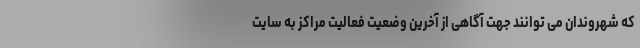
که شهروندان می توانند جهت آگاهی از آخرین وضعیت فعالیت مراکز به سایت